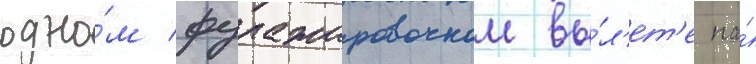
одно́м фуражировочном вы́л'ет'е на́